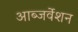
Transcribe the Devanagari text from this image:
आब्जर्वेशन